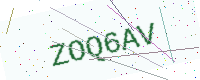
Text: ZOQ6AV